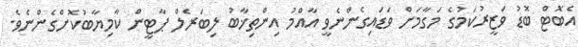
އެބޮޓް ބޮޑު ވަޒީރުކަމުގެ މަގާމަށް ވަޑައިގެންނެވީ އާއްމު އިންތިޚާބު ލިބަރެލް ޕާޓީން ކާމިޔާބުކޮށްގެންނެވެ.